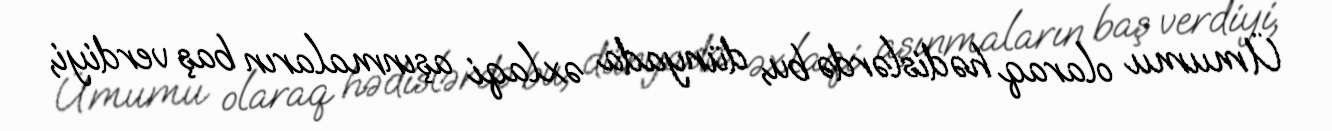
Ümumu olaraq hədislərdə bu, dünyada əxlaqi aşınmaların baş verdiyi,